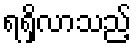
ရရှိလာသည့်